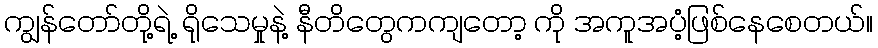
ကျွန်တော်တို့ရဲ့ ရိုသေမှုနဲ့ နီတိတွေကကျတော့ ကို အကူအပံ့ဖြစ်နေစေတယ်။